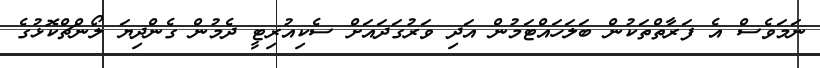
ނަމަވެސް އެ ފަރާތްތަކުން ބަލަހައްޓަމުން އަދި ވަރުގަދައަށް ސެކިއުރިޓީ ދެމުން ގެންދިޔަ ލޯންޗްކޮޅުގެ